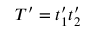
T ^ { \prime } = t _ { 1 } ^ { \prime } t _ { 2 } ^ { \prime }